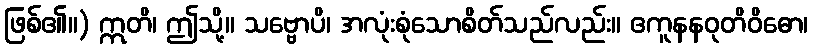
ဖြစ်၏။) ဣတိ၊ ဤသို့။ သဗ္ဗောပိ၊ အလုံးစုံသောစိတ်သည်လည်း။ ဧကူနနဝုတိဝိဓော၊